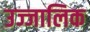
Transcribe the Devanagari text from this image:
उज्जालिक